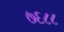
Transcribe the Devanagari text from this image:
७६८८